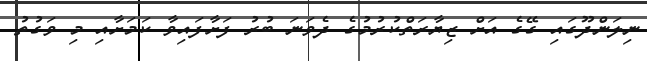
ނިލަންދޫގައި ގޭގެ އަށް ޒިޔާރަތްކުރުމުގެ ދެވަނަ ބުރު ފަށާފައިވާ ކަމަށާއި މި ވަގުތު